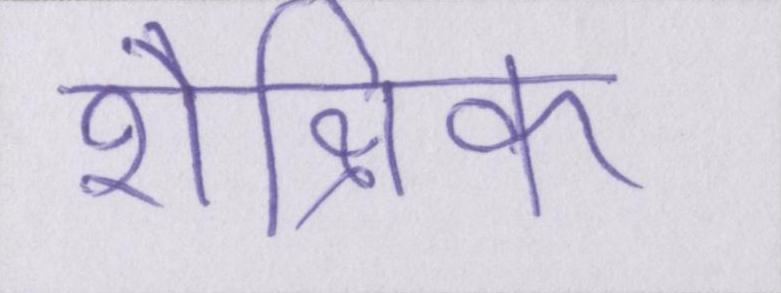
शैक्षिक